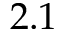
2 . 1